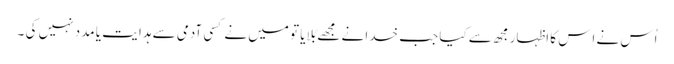
اُس نے اِس کا اِظہار مجھ سے کیا جب خدا نے مجھے بُلایا تو میں نے کسی آدمی سے ہدا یت یا مدد نہیں کی ۔